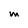
Character: M